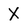
Character: X